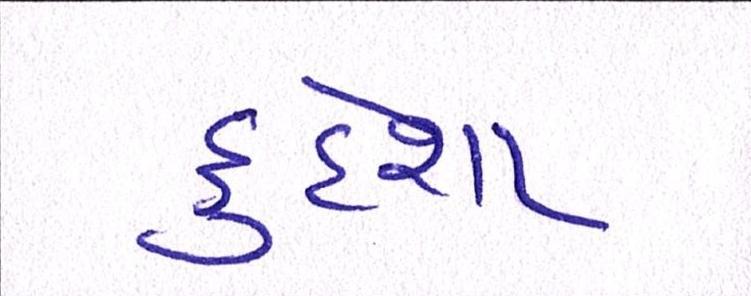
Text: દુર્દશા